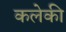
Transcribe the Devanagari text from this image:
कलेकी